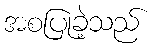
အစပြုခဲ့သည်